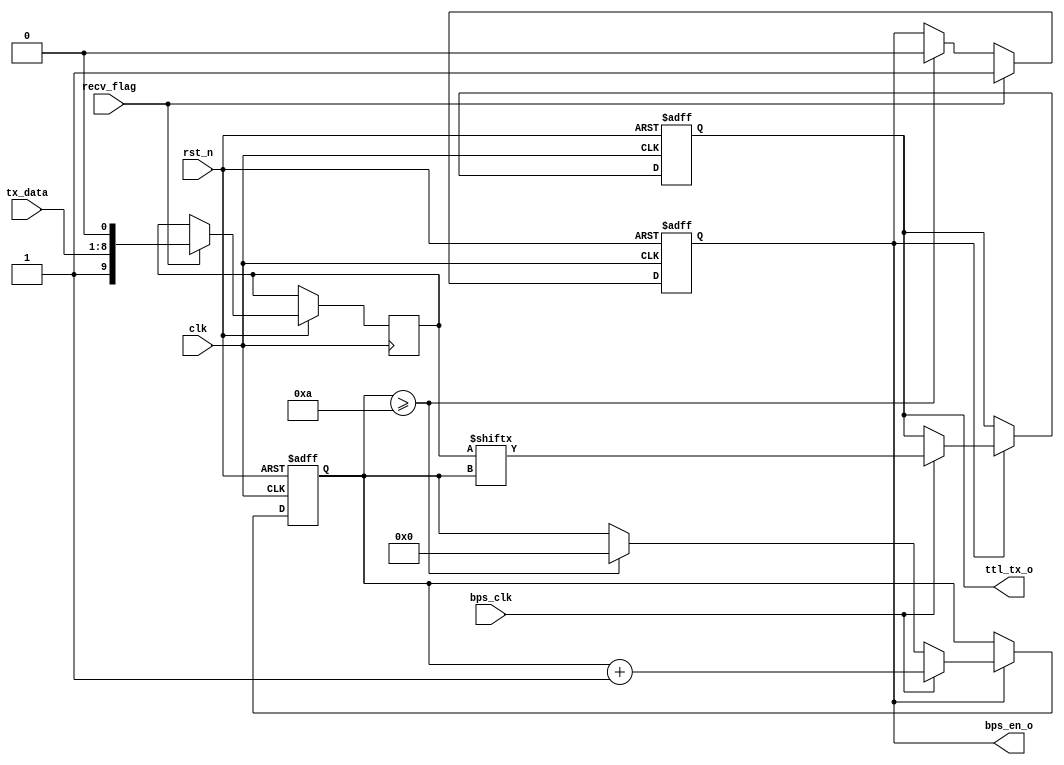
// 

module uart_tx(
    input               clk,
    input               rst_n,
    output  reg         bps_en_o, // 
    input               bps_clk, // 
    
    input    [7:0]   tx_data, // 
    output  reg             ttl_tx_o, // 

    input recv_flag // 
);

 


// 
reg     [3:0]   num;
reg     [9:0]   tx_data_r;

// 
always @(posedge clk or negedge rst_n) begin
    if(!rst_n)
        bps_en_o <= 1'b0;
    else if(recv_flag) begin
        bps_en_o <= 1'b1;
        tx_data_r <= {1'b1, tx_data, 1'b0};
    end
    else if(num>=4'd10)
        bps_en_o <= 1'b0;
    else
        bps_en_o <= bps_en_o;

         
end

// 
always @(posedge clk or negedge rst_n) begin
    if(!rst_n) begin
        num <= 4'b0;
        ttl_tx_o <= 8'b1;
    end else if(bps_en_o) begin
        if(bps_clk) begin
            num <= num + 1'b1;
            ttl_tx_o <= tx_data_r[num]; // 
        end else if(num >= 4'd10)
            num <= 4'd0;
    end 

end


endmodule